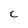
Character: C